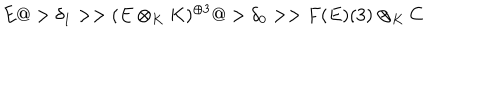
E @ > \delta _ { 1 } > > ( E \otimes _ { K } K ) ^ { \oplus 3 } @ > \delta _ { 0 } > > F ( E ) ( 3 ) \otimes _ { K } C